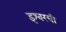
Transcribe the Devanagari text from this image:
इश्वरची